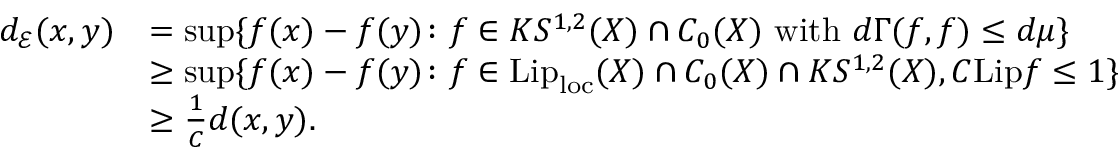
\begin{array} { r l } { d _ { \mathcal { E } } ( x , y ) } & { = \operatorname* { s u p } \{ f ( x ) - f ( y ) \colon f \in K S ^ { 1 , 2 } ( X ) \cap C _ { 0 } ( X ) \mathrm { ~ w i t h ~ } d \Gamma ( f , f ) \leq d \mu \} } \\ & { \ge \operatorname* { s u p } \{ f ( x ) - f ( y ) \colon f \in \mathrm { L i p } _ { \mathrm { l o c } } ( X ) \cap C _ { 0 } ( X ) \cap K S ^ { 1 , 2 } ( X ) , C \mathrm { L i p } f \le 1 \} } \\ & { \ge \frac { 1 } { C } d ( x , y ) . } \end{array}